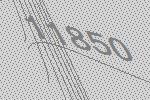
11850